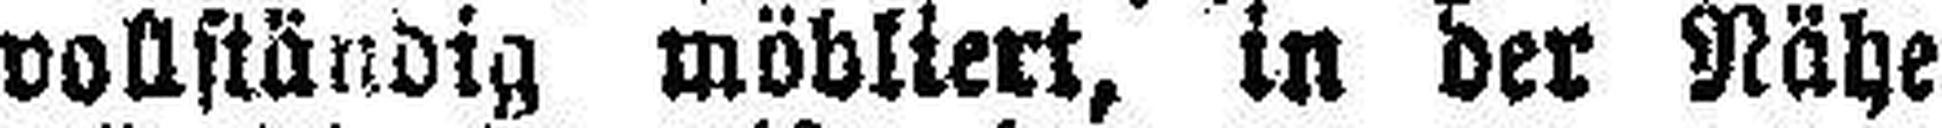
vollständig möbliert, in der Nähe